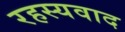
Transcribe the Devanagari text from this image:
रहस्‍यवाद